Calcutta medical institutions reports 1879-81 [i.e.91]
Year: 1879
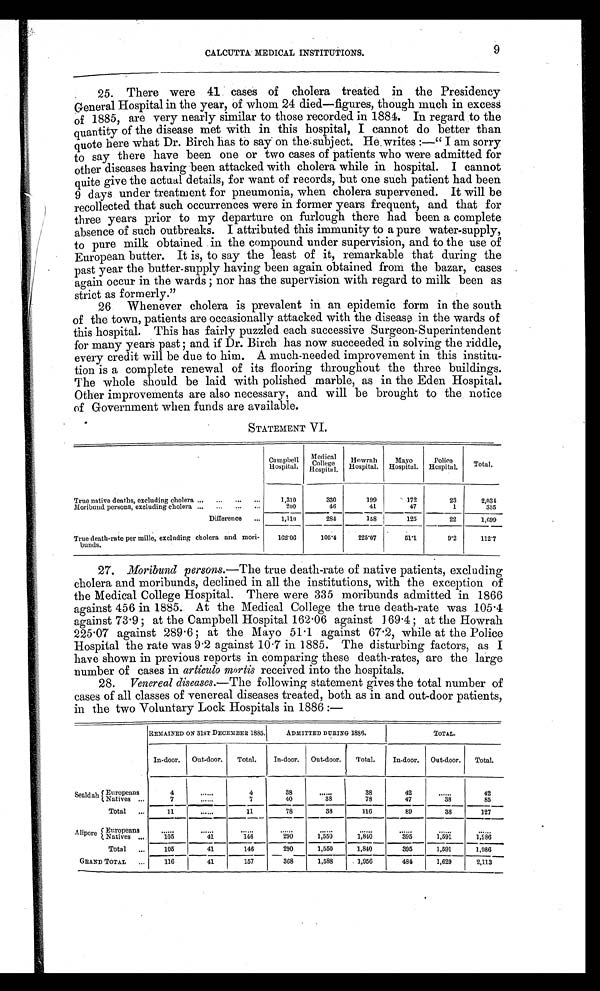
CALCUTTA MEDICAL INSTITUTIONS.
9
25. There were 41 cases of cholera treated in the Presidency
General Hospital in the year, of whom 24 died—figures, though much in excess
of 1885, are very nearly similar to those recorded in 1884. In regard to the
quantity of the disease met with in this hospital, I cannot do better than
quote here what Dr. Birch has to say on the-subject. He writes :—" I am sorry
to say there have been one or two cases of patients who were admitted for
other diseases having been attacked with cholera while in hospital. I cannot
quite give the actual details, for want of records, but one such patient had been
9 days under treatment for pneumonia, when cholera supervened. It will be
recollected that such occurrences were in former years frequent, and that for
three years prior to my departure on furlough there had been a complete
absence of such outbreaks. I attributed this immunity to a pure water-supply,
to pure milk obtained in the compound under supervision, and to the use of
European butter. It is, to say the least of it, remarkable that during the
past year the butter-supply having been again obtained from the bazar, cases
again occur in the wards; nor has the supervision with regard to milk been as
strict as formerly."
26 Whenever cholera is prevalent in an epidemic form in the south
of the town, patients are occasionally attacked with the disease in the wards of
this hospital. This has fairly puzzled each successive Surgeon-Superintendent
for many years past; and if Dr. Birch has now succeeded in solving the riddle,
every credit will be due to him. A much-needed improvement in this institu
- t i o n i s a c o m p l e t e r e n e w a l o f i t s f l o o r i n g t h r o u g h o u t t h e t h r e e b u i l d i n g s .
The whole should be laid with polished marble, as in the Eden Hospital.
Other improvements are also necessary, and will be brought to the notice
of Government when funds are available.
STATEMENT VI.
Campbell
Hospital.
Medical
Col l ege Hospi t al .
Howrah
Hospital.
Mayo
Hospital.
Police
Hospital.
Total.
True native deaths, excluding cholera ...
...
...
1,310
330
199
172
23
2,034
Moribund persons, excluding cholera ...
...
...
...
200
4 6
41
47
1
335
Difference
...
1,110
284
158
125
22
1 , 6 9 9
True death-rate per mille, excluding cholera and mori-
builds.
162.06
105.4
225.07
5 1 . 1
9 . 2
112.7
27.
Moribund persons.— The true death-rate of native patients, excluding
cholera and moribunds, declined in all the institutions, with the exception of
the Medical College Hospital. There were 335 moribunds admitted in 1866
against 456 in 1885. At the Medical College the true death-rate was 105.4
agai ns t 73. 9; at t he Campbel l Hos pi t al 162. 06 agai ns t 169. 4; at t he Howr ah
225.07 against 289.6; at the Mayo 51.1 against 67.2, while at the Police
Hospital the rate was 9.2 against 10.7 in 1885 . The disturbing factors, as I
have shown in previous reports in comparing these death-rates, are the large
number of cases in articulo mortis received into the hospitals.
28. Venereal diseases.— The following statement gives the total number of
cases of all classes of venereal diseases treated, both as in and out-door patients,
in the two Voluntary Lock Hospitals in 1886 :—
REMAINED ON 31ST DECEMBER 1885
ADMITTED DURING 1886.
TOTAL.
In-door.
Out-door.
Total.
In-door. Out-door.
Total.
In-door. Out-door.
Total.
Sealdah Europeans
Natives ...
4
......
4
38
. . . . . .
38
42
......
42
7
. . . . . .
7
40
3 8
78
47
38
85
Total
...
11
. . . . .
11
78
38
116
89
38
127
Alipore Europeans ..
Natives ....
......
....
.....
..........
.....
....
....
.....
105
41
146
290
1,550
1,840
395
1,591
1,986
Total
...
105
4
146
290
1,550
1,840
395
1,591
1, 986
GRAND TOTAL
...
116
41
157
368
1,588
1,956
484
1,629
2,113